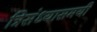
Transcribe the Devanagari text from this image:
त्रिसंध्यासमयी